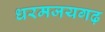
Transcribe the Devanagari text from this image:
धरमजयगढ़